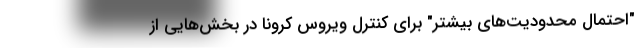
"احتمال محدودیت‌های بیشتر" برای کنترل ویروس کرونا در بخش‌هایی از